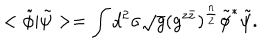
< \tilde { \phi } | \tilde { \psi } > = \int d ^ { 2 } \sigma \sqrt { g } ( g ^ { z \bar { z } } ) ^ { \frac { n } { 2 } } \tilde { \phi } ^ { * } \tilde { \psi } .